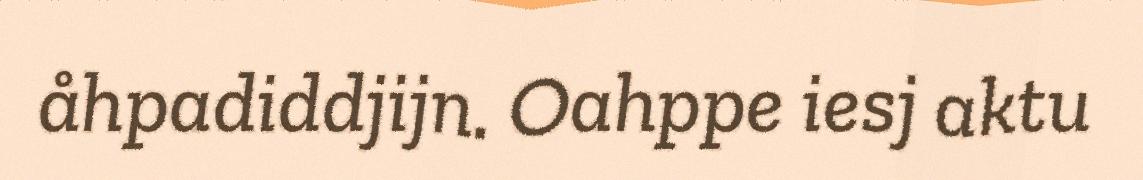
åhpadiddjijn. Oahppe iesj aktu